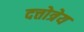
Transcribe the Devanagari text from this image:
दत्तोत्रेय